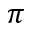
\pi